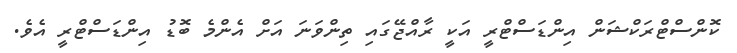
ކޮންސްޓްރަކްޝަން އިންޑަސްޓްރީ އަކީ ރާއްޖޭގައި ތިންވަނަ އަށް އެންމެ ބޮޑު އިންޑަސްޓްރީ އެވެ.